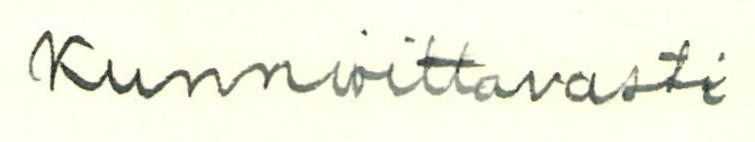
Kunnioittavasti